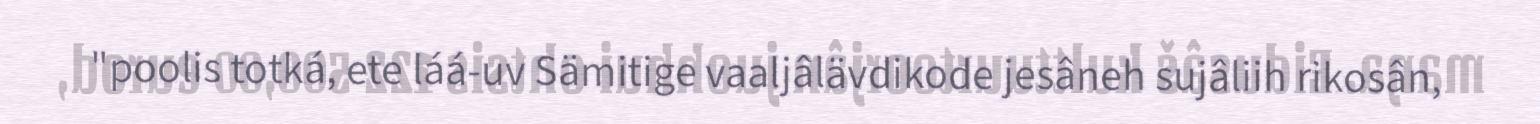
"poolis totká, ete láá-uv Sämitige vaaljâlävdikode jesâneh sujâliih rikosân,